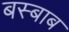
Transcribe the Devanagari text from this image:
बस्बाब